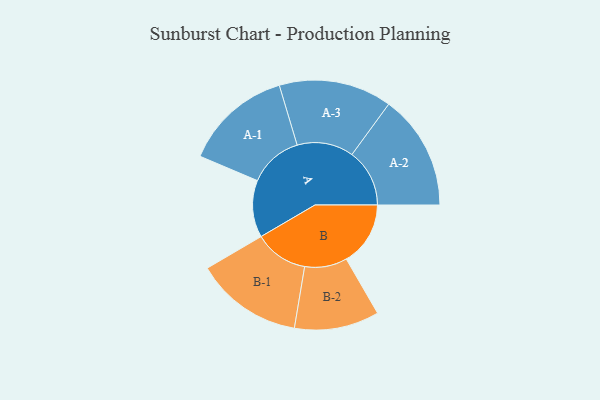
{"axis": {"x": "Segment", "y": "Value"}, "legend": ["", "A", "B"], "data": [{"x": "A", "y": 202, "type": ""}, {"x": "B", "y": 227, "type": ""}, {"x": "A-1", "y": 191, "type": "A"}, {"x": "A-2", "y": 204, "type": "A"}, {"x": "A-3", "y": 200, "type": "A"}, {"x": "B-1", "y": 190, "type": "B"}, {"x": "B-2", "y": 150, "type": "B"}]}